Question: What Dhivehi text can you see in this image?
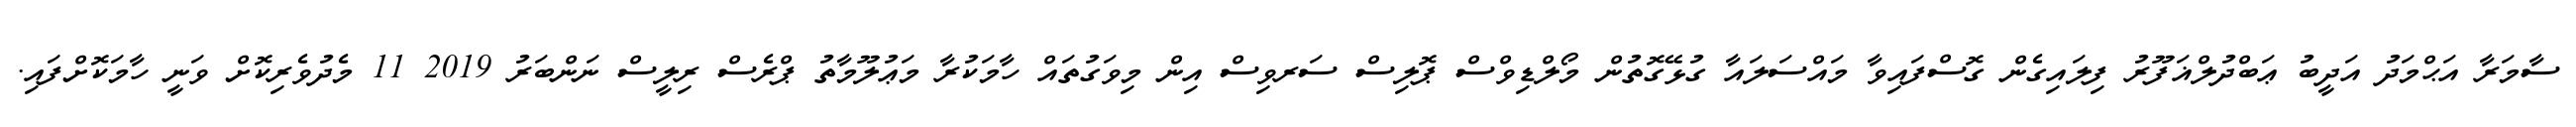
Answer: ސާމަރާ އަޙްމަދު އަދީބު ޢަބްދުލްޣަފޫރު ފިލައިގެން ގޮސްފައިވާ މައްސަލައާ ގުޅޭގޮތުން މޯލްޑިވްސް ޕޮލިސް ސަރވިސް އިން މިވަގުތައް ހާމަކުރާ މަޢުލޫމާތު ޕްރެސް ރިލީސް ނަންބަރު 2019 11 މެދުވެރިކޮށް ވަނީ ހާމަކޮށްފައި.